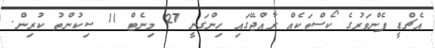
އެޗްޑީ ފެންވަރުގެ ކޯސްތަކެއް ރާއްޖޭގައި ހިންގަނީ 27 މިނެޓް 11 ސިކުންތު ކުރިން.